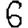
Digit: 6